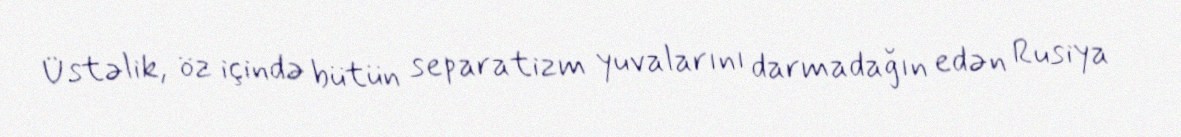
Üstəlik, öz içində bütün separatizm yuvalarını darmadağın edən Rusiya